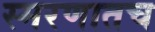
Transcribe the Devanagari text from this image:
स्मरणातच